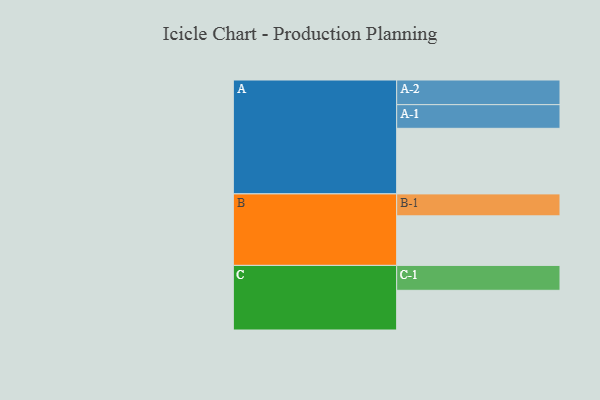
{"axis": {"x": "Segment", "y": "Value"}, "legend": ["", "A", "B", "C"], "data": [{"x": "A", "y": 532, "type": ""}, {"x": "B", "y": 402, "type": ""}, {"x": "C", "y": 322, "type": ""}, {"x": "A-1", "y": 192, "type": "A"}, {"x": "A-2", "y": 200, "type": "A"}, {"x": "B-1", "y": 178, "type": "B"}, {"x": "C-1", "y": 202, "type": "C"}]}